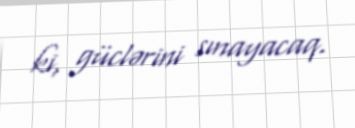
ki, güclərini sınayacaq.